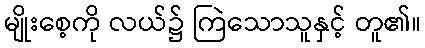
မျိုးစေ့ကို လယ်၌ ကြဲသောသူနှင့် တူ၏။